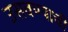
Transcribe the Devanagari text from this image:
उसवण्याची